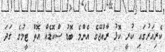
ކެރިއަރުގައި ކުރީ ކޮޅު ރާއްޖޭގެ އެންމެ ބޮޑު ސްކޮޑެއް އޮތް ޓީމުގެ ގަދަ